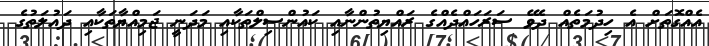
އެއްގޮތަށް އެ ހިދުމަތެއް ދެވޭ ސަރަހައްދެއްގެ ރައްޔިތުންނާއި ކައުންސިލްތަކާއި މަދަނީ ޖަމިއްޔާތަކާއި ދައުލަތުގެ